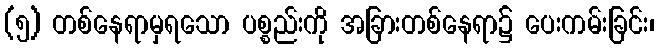
(၅) တစ်နေရာမှရသော ပစ္စည်းကို အခြားတစ်နေရာ၌ ပေးကမ်းခြင်း၊